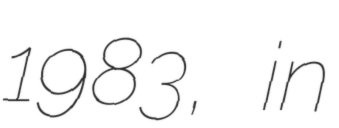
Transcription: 1983, in